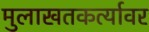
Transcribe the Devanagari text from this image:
मुलाखतकर्त्यावर